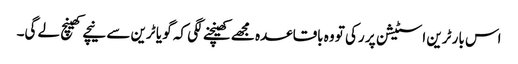
اس بار ٹرین اسٹیشن پر رکی تو وہ باقاعدہ مجھے کھینچنے لگی کہ گو یا ٹرین سے نیچے کھینچ لے گی۔